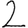
Digit: 2